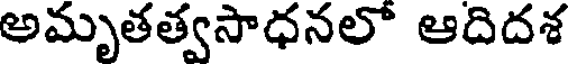
అమృతత్వసాధనలో ఆదిదశ